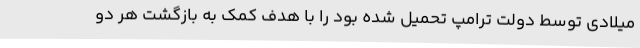
میلادی توسط دولت ترامپ تحمیل شده بود را با هدف کمک به بازگشت هر دو